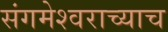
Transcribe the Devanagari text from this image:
संगमेश्वराच्याच